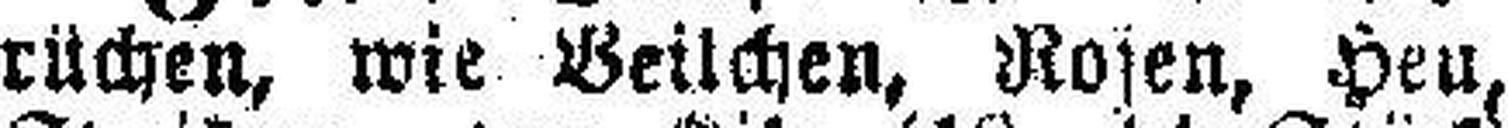
rüchen, wie Beilchen, Rosen, Heu,